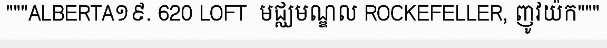
"""ALBERTA១៩. 620 LOFT  មជ្ឈមណ្ឌល ROCKEFELLER, ញូវយ៉ក"""